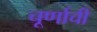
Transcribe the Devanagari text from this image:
चूर्णाची